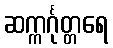
ဆက္ကင်္ဂုတ္တရေ